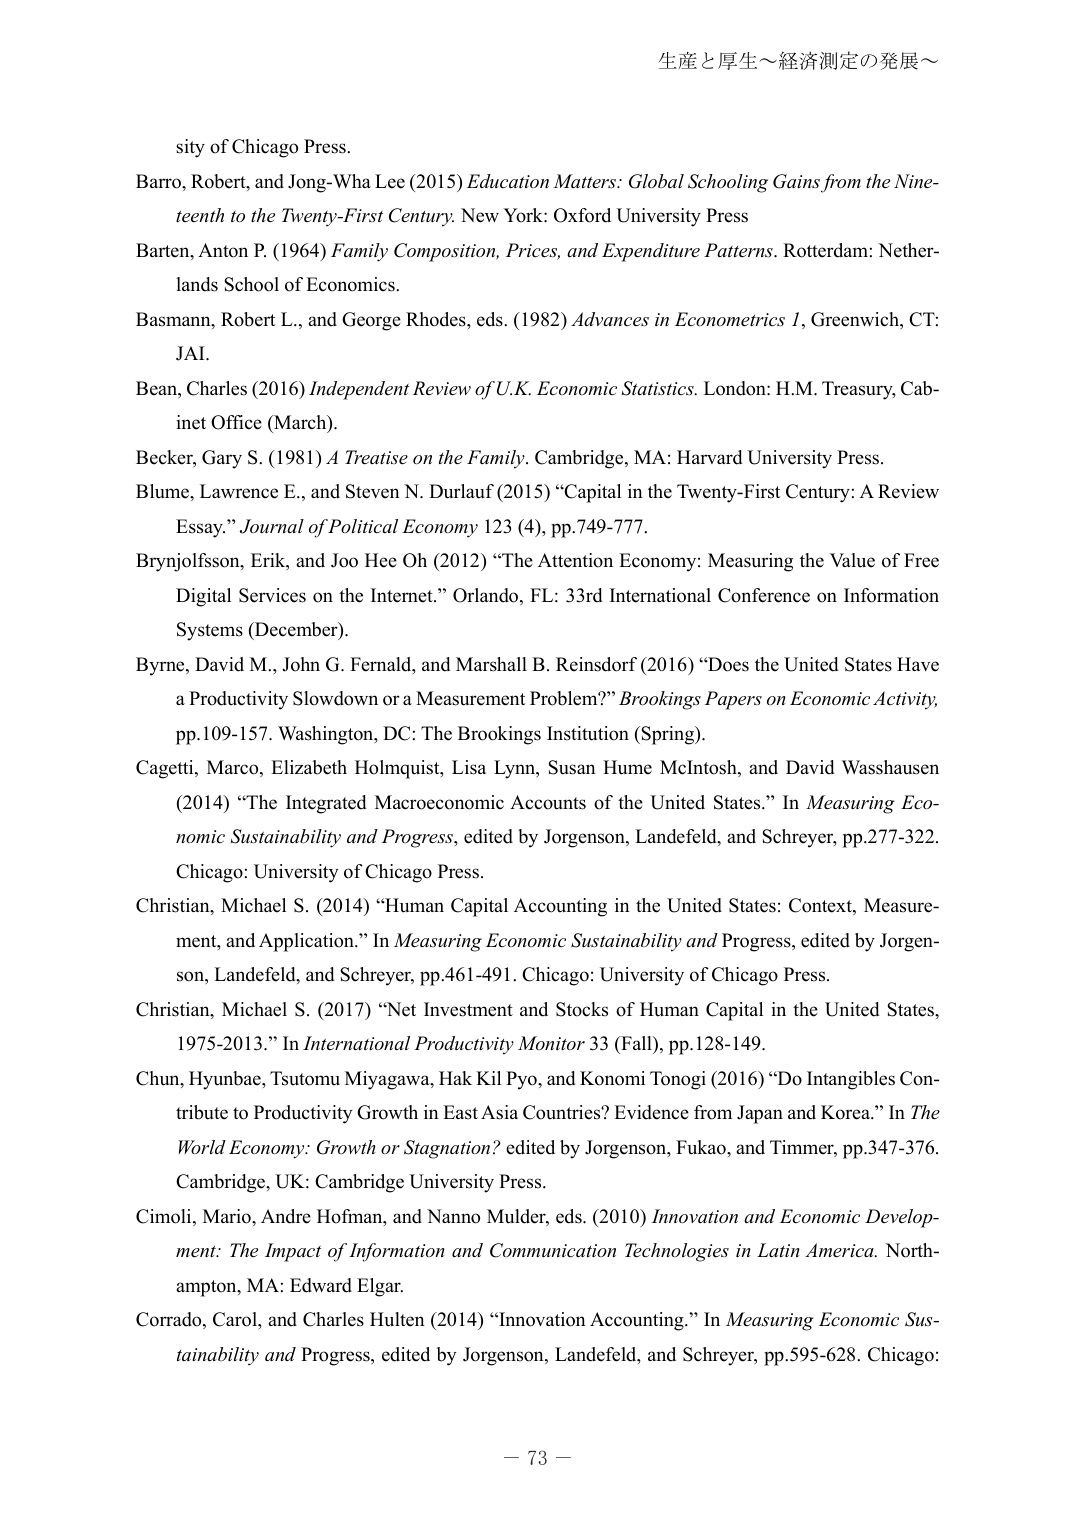
生産と厚生～経済測定の発展～

sity of Chicago Press.

Barro, Robert, and Jong-Wha Lee (2015) Education Matters: Global Schooling Gains from the Nineteenth to the Twenty-First Century. New York: Oxford University Press

Barten, Anton P. (1964) Family Composition, Prices, and Expenditure Patterns. Rotterdam: Netherlands School of Economics.

Basman, Robert L., and George Rhodes, eds. (1982) Advances in Econometrics 1, Greenwich, CT: JAI.

Bean, Charles (2016) Independent Review of U.K. Economic Statistics. London: H.M. Treasury, Cabinet Office (March).

Becker, Gary S. (1981) A Treatise on the Family. Cambridge, MA: Harvard University Press.

Blume, Lawrence E., and Steven N. Durlauf (2015) “Capital in the Twenty-First Century: A Review Essay.” Journal of Political Economy 123 (4), pp.749-777.

Brynjolfsson, Erik, and Joo Hee Oh (2012) “The Attention Economy: Measuring the Value of Free Digital Services on the Internet.” Orlando, FL: 33rd International Conference on Information Systems (December).

Byrne, David M., John G. Fernald, and Marshall B. Reinsdorf (2016) “Does the United States Have a Productivity Slowdown or a Measurement Problem?” Brookings Papers on Economic Activity, pp.109-157. Washington, DC: The Brookings Institution (Spring).

Cagetti, Marco, Elizabeth Holmquist, Lisa Lynn, Susan Hume McIntosh, and David Wasshausen (2014) “The Integrated Macroeconomic Accounts of the United States.” In Measuring Economic Sustainability and Progress, edited by Jorgenson, Landefeld, and Schreyer, pp.277-322. Chicago: University of Chicago Press.

Christian, Michael S. (2014) “Human Capital Accounting in the United States: Context, Measurement, and Application.” In Measuring Economic Sustainability and Progress, edited by Jorgenson, Landefeld, and Schreyer, pp.461-491. Chicago: University of Chicago Press.

Christian, Michael S. (2017) “Net Investment and Stocks of Human Capital in the United States, 1975-2013.” In International Productivity Monitor 33 (Fall), pp.128-149.

Chun, Hyunbae, Tsutomu Miyagawa, Hak Kil Pyo, and Konomi Tonogi (2016) “Do Intangibles Contribute to Productivity Growth in East Asia Countries? Evidence from Japan and Korea.” In The World Economy: Growth or Stagnation? edited by Jorgenson, Fukao, and Timmer, pp.347-376. Cambridge, UK: Cambridge University Press.

Cimoli, Mario, Andre Hofman, and Nanno Mulder, eds. (2010) Innovation and Economic Development: The Impact of Information and Communication Technologies in Latin America. Northampton, MA: Edward Elgar.

Corrado, Carol, and Charles Hulten (2014) “Innovation Accounting.” In Measuring Economic Sustainability and Progress, edited by Jorgenson, Landefeld, and Schreyer, pp.595-628. Chicago:

－ 73 －